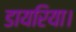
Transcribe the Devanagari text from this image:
डायरिया।